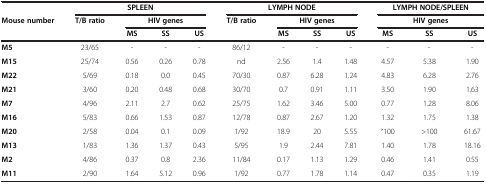
<table><thead><tr><td><b> </b></td><td colspan="4"><b>SPLEEN</b></td><td colspan="4"><b>LYMPH NODE</b></td><td colspan="3"><b>LYMPH NODE/SPLEEN</b></td></tr><tr><td><b>Mouse number</b></td><td><b>T/B ratio</b></td><td colspan="3"><b>HIV genes</b></td><td><b>T/B ratio</b></td><td colspan="3"><b>HIV genes</b></td><td colspan="3"><b>HIV genes</b></td></tr><tr><td><b> </b></td><td><b> </b></td><td><b>MS</b></td><td><b>SS</b></td><td><b>US</b></td><td><b> </b></td><td><b>MS</b></td><td><b>SS</b></td><td><b>US</b></td><td><b>MS</b></td><td><b>SS</b></td><td><b>US</b></td></tr></thead><tbody><tr><td><b>M5</b></td><td>23/65</td><td>-</td><td>-</td><td>-</td><td>86/12</td><td>-</td><td>-</td><td>-</td><td>-</td><td>-</td><td>-</td></tr><tr><td><b>M15</b></td><td>25/74</td><td>0.56</td><td>0.26</td><td>0.78</td><td>nd</td><td>2.56</td><td>1.4</td><td>1.48</td><td>4.57</td><td>5.38</td><td>1.90</td></tr><tr><td><b>M22</b></td><td>5/69</td><td>0.18</td><td>0.0</td><td>0.45</td><td>70/30</td><td>0.87</td><td>6.28</td><td>1.24</td><td>4.83</td><td>6.28</td><td>2.76</td></tr><tr><td><b>M21</b></td><td>3/60</td><td>0.20</td><td>0.48</td><td>0.68</td><td>30/70</td><td>0.7</td><td>0.91</td><td>1.11</td><td>3.50</td><td>1.90</td><td>1.63</td></tr><tr><td><b>M7</b></td><td>4/96</td><td>2.11</td><td>2.7</td><td>0.62</td><td>25/75</td><td>1.62</td><td>3.46</td><td>5.00</td><td>0.77</td><td>1.28</td><td>8.06</td></tr><tr><td><b>M16</b></td><td>5/83</td><td>0.66</td><td>1.53</td><td>0.87</td><td>12/78</td><td>0.87</td><td>2.67</td><td>1.20</td><td>1.32</td><td>1.75</td><td>1.38</td></tr><tr><td><b>M20</b></td><td>2/58</td><td>0.04</td><td>0.1</td><td>0.09</td><td>1/92</td><td>18.9</td><td>20</td><td>5.55</td><td>˃100</td><td>&gt;100</td><td>61.67</td></tr><tr><td><b>M13</b></td><td>1/83</td><td>1.36</td><td>1.37</td><td>0.43</td><td>5/95</td><td>1.9</td><td>2.44</td><td>7.81</td><td>1.40</td><td>1.78</td><td>18.16</td></tr><tr><td><b>M2</b></td><td>4/86</td><td>0.37</td><td>0.8</td><td>2.36</td><td>11/84</td><td>0.17</td><td>1.13</td><td>1.29</td><td>0.46</td><td>1.41</td><td>0.55</td></tr><tr><td><b>M11</b></td><td>2/90</td><td>1.64</td><td>5.12</td><td>0.96</td><td>1/92</td><td>0.77</td><td>1.78</td><td>1.14</td><td>0.47</td><td>0.35</td><td>1.19</td></tr></tbody></table>